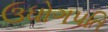
ઉધોગપતિ